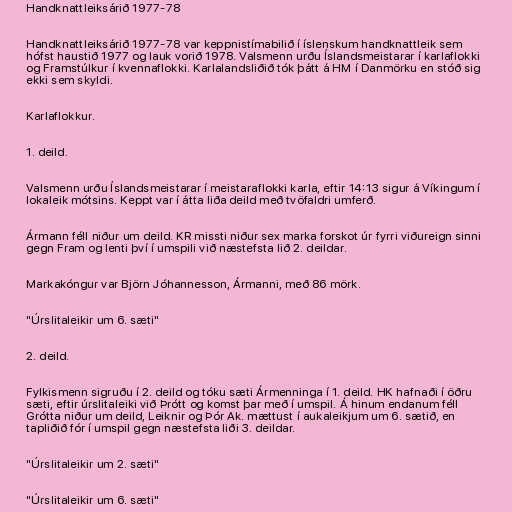
Handknattleiksárið 1977-78

Handknattleiksárið 1977-78 var keppnistímabilið í íslenskum handknattleik sem
hófst haustið 1977 og lauk vorið 1978. Valsmenn urðu Íslandsmeistarar í karlaflokki
og Framstúlkur í kvennaflokki. Karlalandsliðið tók þátt á HM í Danmörku en stóð sig
ekki sem skyldi.

Karlaflokkur.

1. deild.

Valsmenn urðu Íslandsmeistarar í meistaraflokki karla, eftir 14:13 sigur á Víkingum í
lokaleik mótsins. Keppt var í átta liða deild með tvöfaldri umferð.

Ármann féll niður um deild. KR missti niður sex marka forskot úr fyrri viðureign sinni
gegn Fram og lenti því í umspili við næstefsta lið 2. deildar.

Markakóngur var Björn Jóhannesson, Ármanni, með 86 mörk.

"Úrslitaleikir um 6. sæti"

2. deild.

Fylkismenn sigruðu í 2. deild og tóku sæti Ármenninga í 1. deild. HK hafnaði í öðru
sæti, eftir úrslitaleiki við Þrótt og komst þar með í umspil. Á hinum endanum féll
Grótta niður um deild, Leiknir og Þór Ak. mættust í aukaleikjum um 6. sætið, en
tapliðið fór í umspil gegn næstefsta liði 3. deildar.

"Úrslitaleikir um 2. sæti"

"Úrslitaleikir um 6. sæti"